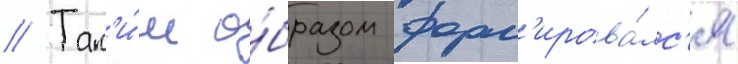
// Так'и́м о́бразом форм'ирова́лс'я